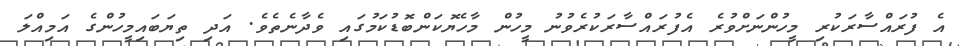
އެ ފުރައްސާރަކުރި މީހުންނަށްވުރެ އެފުރައްސާރަކުރެވުނު މީހުން މާހެޔޮކަންބޮޑުކަމުގައި ވެދާނެތެވެ. އަދި ތިޔަބައިމީހުންގެ އަމިއްލަ